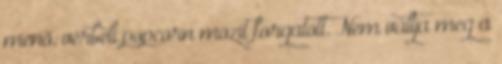
menő, vérbeli popcorn mozit forgatott. Nem váltja meg a